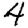
Digit: 4